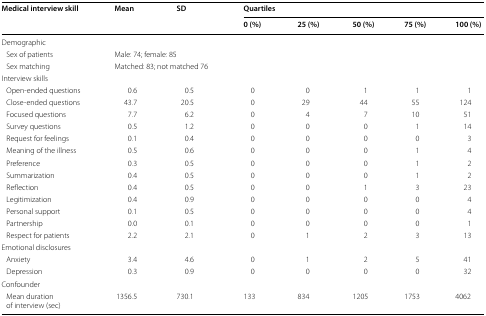
| <ROWSPAN=2> Medical interview skill | <ROWSPAN=2> Mean | <ROWSPAN=2-COLSPAN=2> SD | <COLSPAN=5> Quartiles |
 | 0 (%) | 25 (%) | 50 (%) | 75 (%) | 100 (%) |
 | --- | --- | --- | --- | --- | --- | --- | --- | --- |
 | <COLSPAN=9> Demographic |
 | Sex of patients | <COLSPAN=8> Male: 74; female: 85 |
 | Sex matching | <COLSPAN=8> Matched: 83; not matched 76 |
 | <COLSPAN=9> Interview skills |
 | Open-ended questions | 0.6 | <COLSPAN=2> 0.5 | 0 | 0 | 1 | 1 | 1 |
 | Close-ended questions | 43.7 | <COLSPAN=2> 20.5 | 0 | 29 | 44 | 55 | 124 |
 | Focused questions | 7.7 | <COLSPAN=2> 6.2 | 0 | 4 | 7 | 10 | 51 |
 | Survey questions | 0.5 | <COLSPAN=2> 1.2 | 0 | 0 | 0 | 1 | 14 |
 | Request for feelings | 0.1 | <COLSPAN=2> 0.4 | 0 | 0 | 0 | 0 | 3 |
 | Meaning of the illness | 0.5 | <COLSPAN=2> 0.6 | 0 | 0 | 0 | 1 | 4 |
 | Preference | 0.3 | <COLSPAN=2> 0.5 | 0 | 0 | 0 | 1 | 2 |
 | Summarization | 0.4 | <COLSPAN=2> 0.5 | 0 | 0 | 0 | 1 | 2 |
 | Reflection | 0.4 | <COLSPAN=2> 0.5 | 0 | 0 | 1 | 3 | 23 |
 | Legitimization | 0.4 | <COLSPAN=2> 0.9 | 0 | 0 | 0 | 0 | 4 |
 | Personal support | 0.1 | <COLSPAN=2> 0.5 | 0 | 0 | 0 | 0 | 4 |
 | Partnership | 0.0 | <COLSPAN=2> 0.1 | 0 | 0 | 0 | 0 | 1 |
 | Respect for patients | 2.2 | <COLSPAN=2> 2.1 | 0 | 1 | 2 | 3 | 13 |
 | <COLSPAN=9> Emotional disclosures |
 | Anxiety | 3.4 | <COLSPAN=2> 4.6 | 0 | 1 | 2 | 5 | 41 |
 | Depression | 0.3 | <COLSPAN=2> 0.9 | 0 | 0 | 0 | 0 | 32 |
 | <COLSPAN=9> Confounder |
 | Mean duration of interview (sec) | 1356.5 | <COLSPAN=2> 730.1 | 133 | 834 | 1205 | 1753 | 4062 |